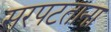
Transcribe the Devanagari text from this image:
सरपटताना